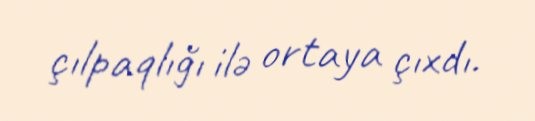
çılpaqlığı ilə ortaya çıxdı.